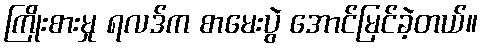
ကြိုးစားမှု ရလဒ်က စာမေးပွဲ အောင်မြင်ခဲ့တယ်။